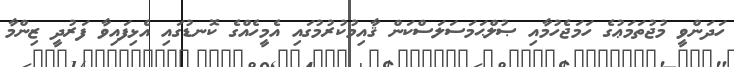
ހަދަންވީ މުޖުތަމަޢުގެ ހަމަޖެހުމާއި ޞުލްޙަމަސަލަސްކަން ޤާއިމުކުރުމުގައި އެމީހެއްގެ ކޮނޑުގައި އެޅިފައިވާ ފަރުދީ ޒިންމާ